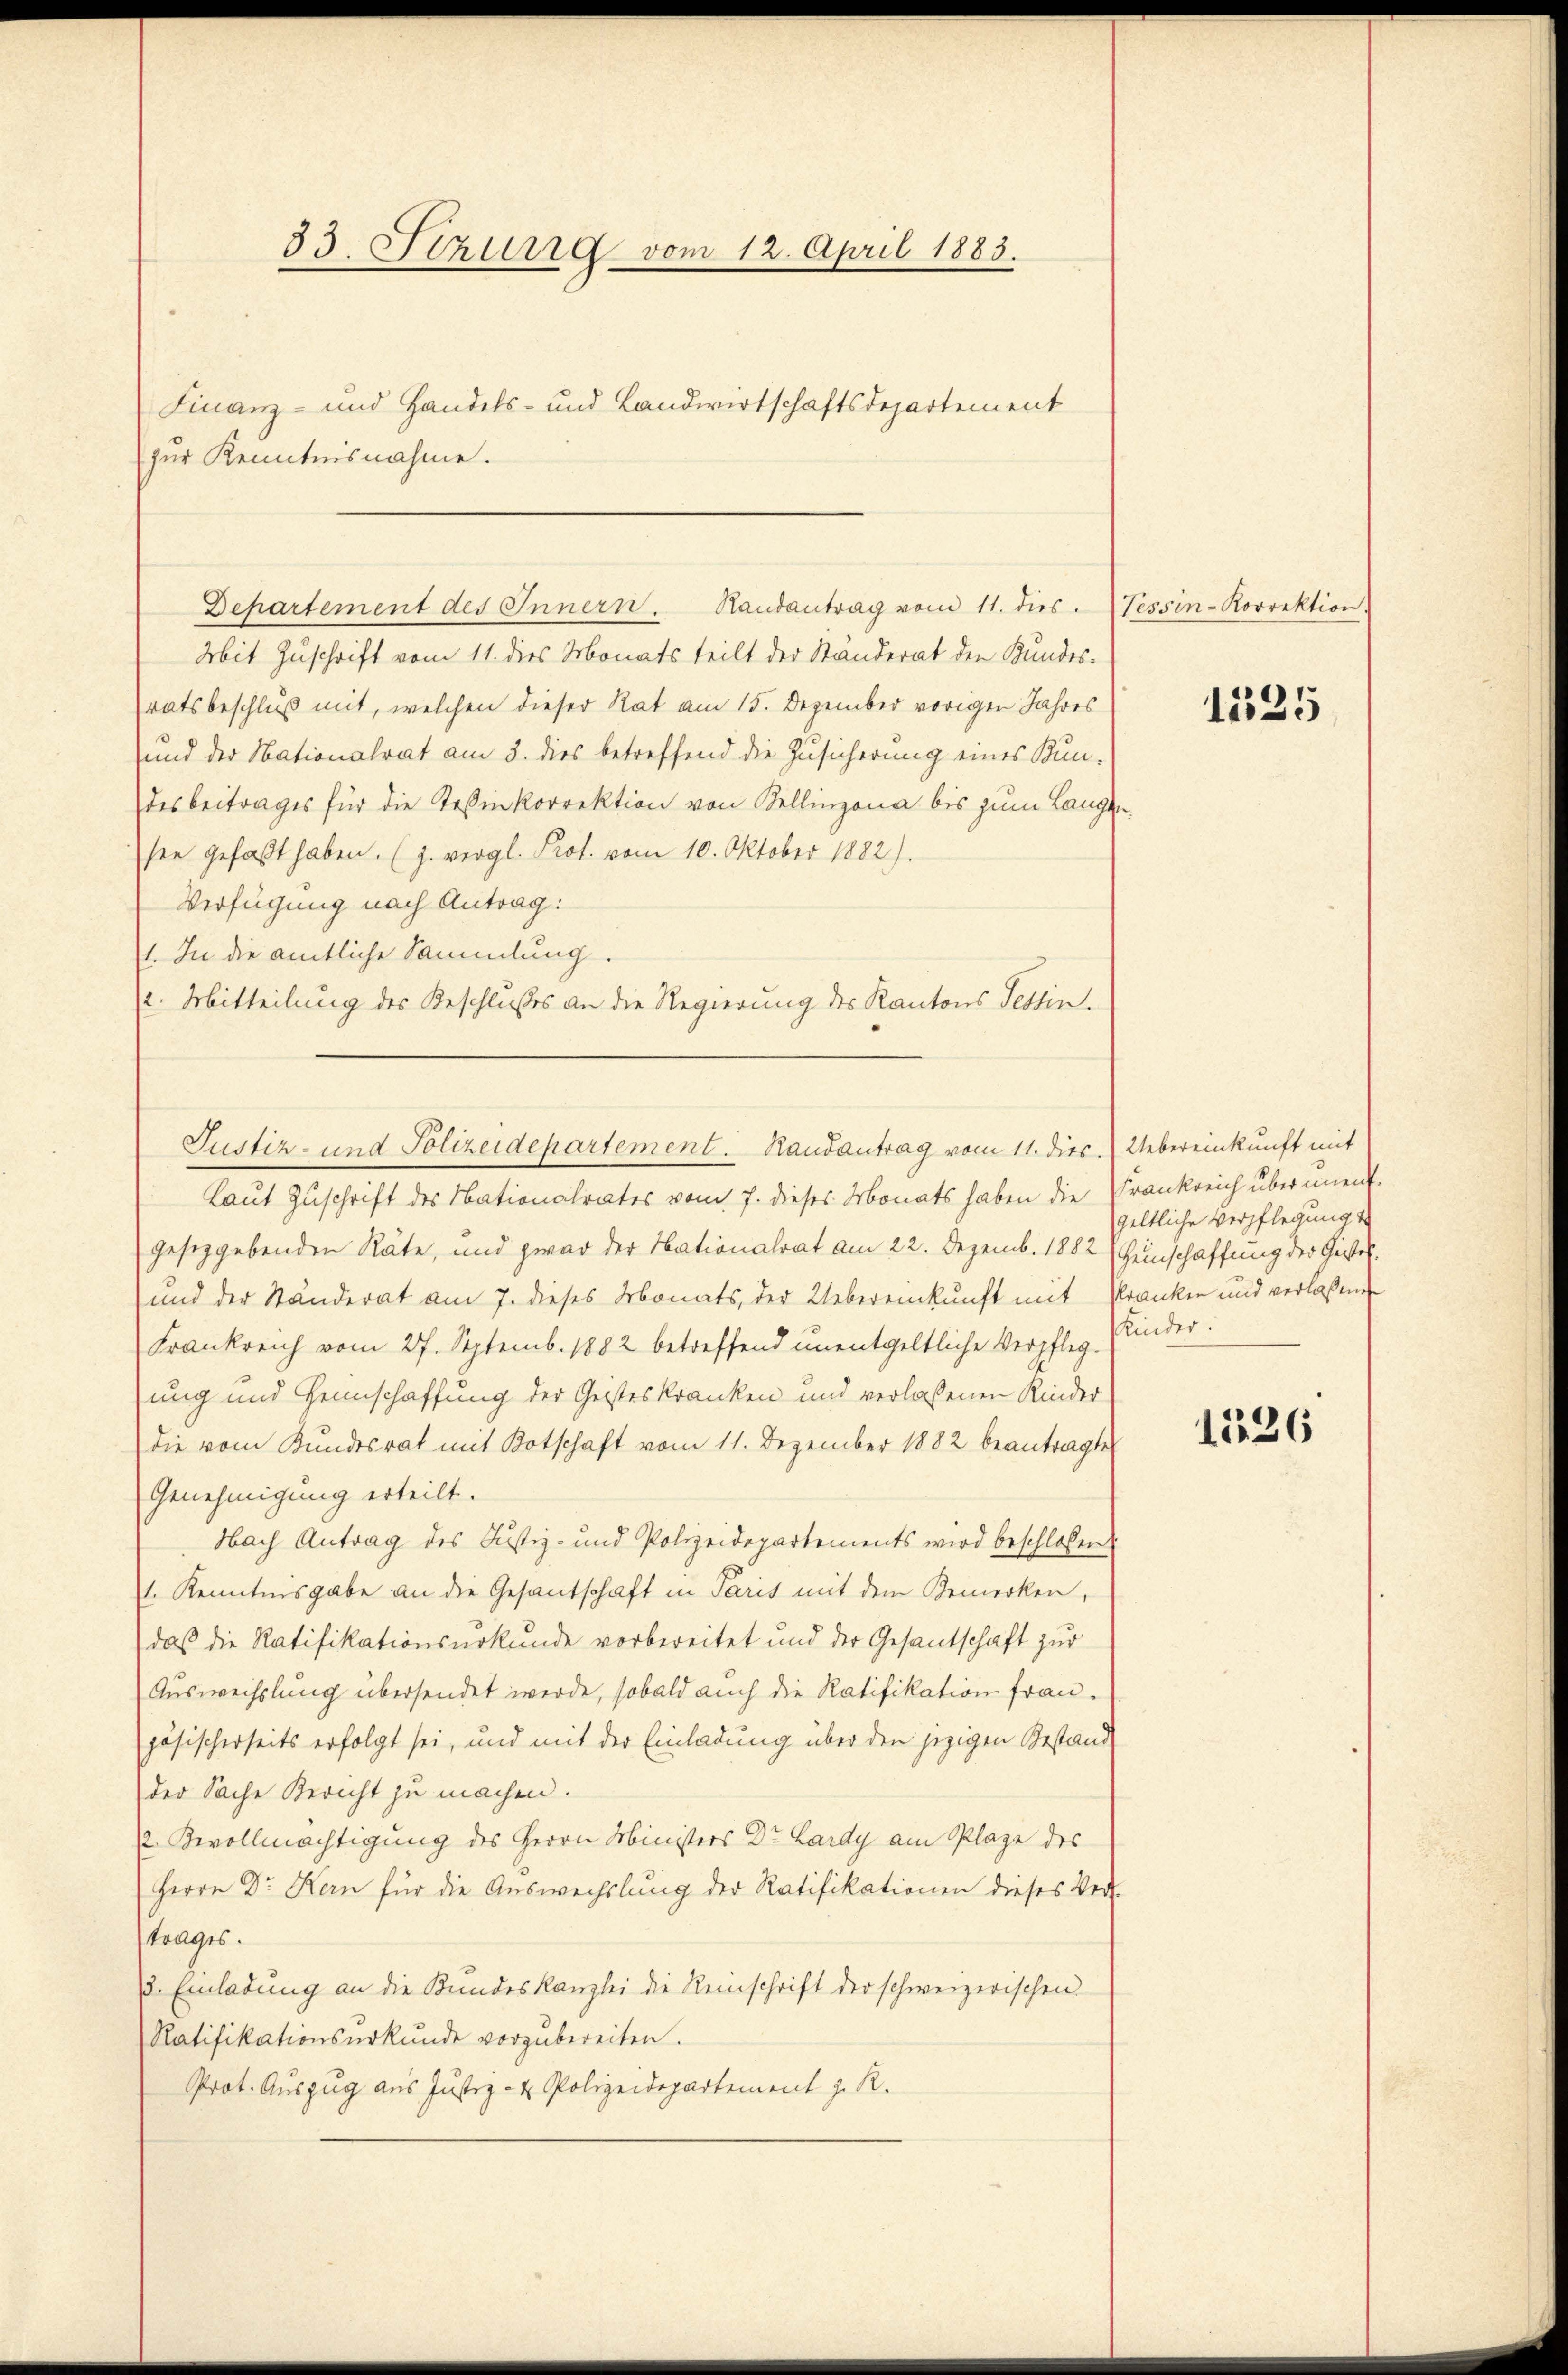
53. Strud vom 12. April 1883.
Finanz- und Handels- und Landwirtschaftsdepartement
zur Kenntnisnahme.

Mit Zuschrift vom 11. dies Monats teilt der Ständerat den Kundes-
ratsbeschluß mit, welchen dieser Rat am 15. Dezember vorigen Jahres
und der Nationalrat am 3. dies betreffend die Zusicherung eines Bun-
desbeitrages für die Teßinkorrektion von Bellinzona bis zum Lang
see gefaßt haben. (J. vergl. Prot. vom 10. Oktober 1882).
Verfügung nach Antrag:
1. In die amtliche Sammlung.
(l. Mitteilung des Beschlußes an die Regierung des Kantons Tessin.
gesetzgebenden Räte, und zwar der Nationalrat am 22. Dezemb. 1882 (einschaffung der Geister¬
und der Ständerat am 7. dieses Monats, der Uebereinkunft mit Kranken und verlassen
Frankreich vom 27. Septemb. 1882 betreffend unentgeltliche Verpflegkinder.
zung und Heimschaffung der Geisteskranken und verlassenen Kinder
die vom Bundesrat mit Botschaft vom 11. Dezember 1882 beantragte
Genehmigung erteilt.
Nach Antrag des Justiz- und Polizeidepartements wird beschlossen
1. Kenntnisgabe an die Gesantschaft in Paris mit dem Bemerken,
daß die Ratifikationsurkunde vorbereitet und der Gesandschaft zur
Auswechslung übersendet werde, sobald auch die Ratifikation frau.
jösischerseits erfolgt sei, und mit der Einladung über den jezigen Gestand
der Sache Bericht zu machen.
 Bevollmächtigung des Herrn Ministers Dr. Lardy am Plage des
Herrn Dr Kern für die Auswechslung der Ratifikationen dieses Ver-
trages.
3. Einladung an die Kundeskanzlei die Reinschrift der schweizerischen
Ratifikationsŭrkŭnde vorzŭbereiten.
Prot. Auszug aus Justiz- & Polizeidepartement z. R.

Departement des Innern. Handantrag vom 11. dies

Justiz- und Polizeidepartement. Randantrag vom 11. dies. Uebereinkunft mit

Laut Zuschrift des Nationalrates vom 7. dieses Monats haben die Frankreich über unent¬

(Tessin-Korrektion

1325

geltliche Verpflegung

1526